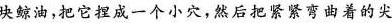
块鲸油，把它捏成一个小穴，然后把紧紧弯曲着的尖